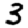
Digit: 3